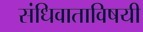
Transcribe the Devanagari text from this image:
संधिवाताविषयी